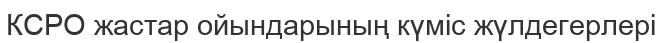
КСРО жастар ойындарының күміс жүлдегерлері